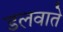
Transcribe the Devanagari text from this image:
डलवाते